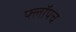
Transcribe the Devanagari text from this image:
फ्लॉपच